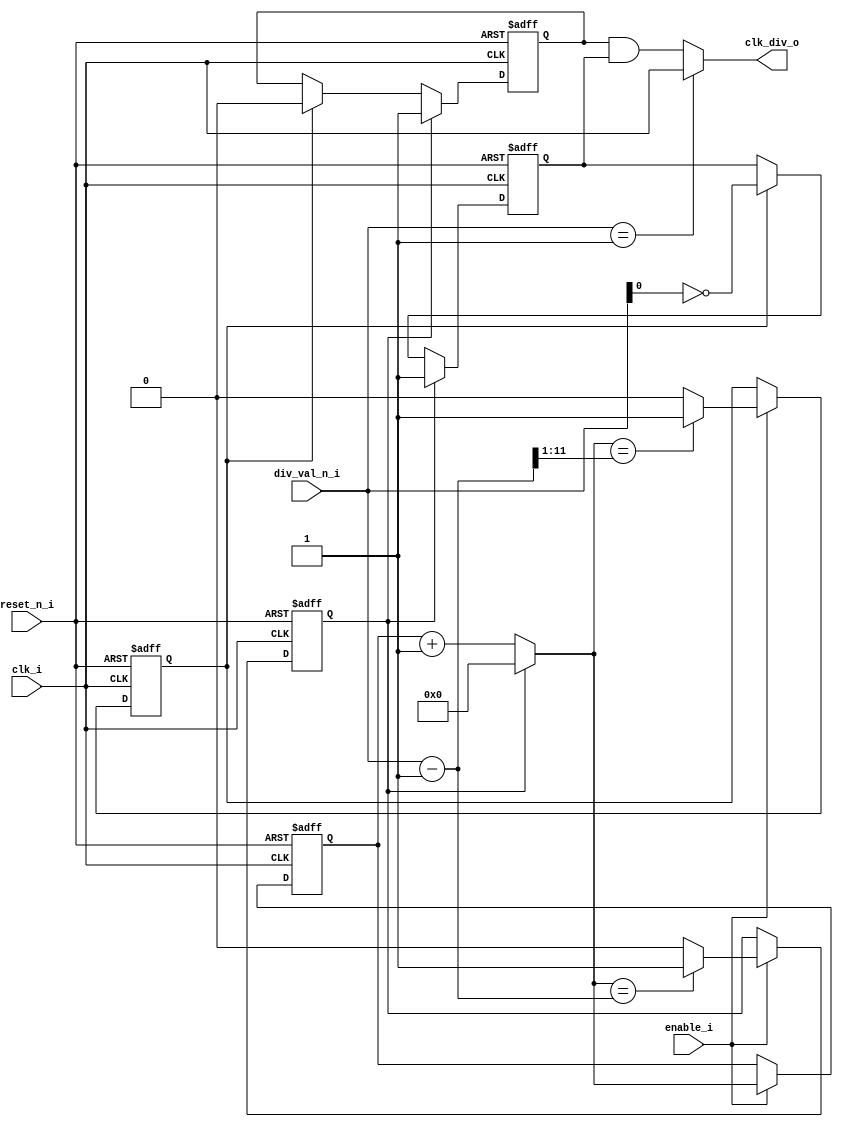
/* ICGLUE GENERATED FILE - manual changes out of prepared *icglue keep begin/end* blocks will be overwritten */
/* icglue keep begin head */
/*
 * Module: common_clkdiv_by_n
 */
/* icglue keep end */
`timescale 1ns/1ps

module common_clkdiv_by_n (
    clk_i,
    reset_n_i,
    clk_div_o,
    div_val_n_i,
    enable_i
);

    parameter DIV_VAL_N_W = 12;
    /* icglue keep begin parameters *//* icglue keep end */

    input                    clk_i;
    input                    reset_n_i;
    output                   clk_div_o;
    input  [DIV_VAL_N_W-1:0] div_val_n_i;
    input                    enable_i;
    /* icglue keep begin declarations */
    wire                     clkdiv;
    reg                     clkdiv_p;
    reg                     clkdiv_n;

    reg    [DIV_VAL_N_W-1:0] count;
    wire   [DIV_VAL_N_W-1:0] next_count;
    wire   [DIV_VAL_N_W-1:0] div_val_minus_1;
    wire                     clk_n;
    reg                      set_clk;
    reg                      reset_clk;
    

    assign div_val_minus_1 = div_val_n_i - 1;
    assign next_count      = set_clk ? 'b0 : count + 1;
    assign clk_n           = clk_i;


    always@(posedge clk_i or negedge reset_n_i) begin
        if (reset_n_i == 1'b0) begin
            count     <= 'd0;
            set_clk   <= 1'd0;
            reset_clk <= 1'd0;
        end else if (enable_i) begin
            count <= next_count;

            /* posedge at end of period (last counter value) */
            if (next_count == div_val_minus_1) begin
                set_clk <= 1'd1;
            end else begin
                set_clk <= 1'd0;
            end

            /* negedge at half period (half of last counter value) */
            if (next_count == {1'b0,div_val_minus_1[DIV_VAL_N_W-1:1]}) begin
                reset_clk <= 1'd1;
            end else begin
                reset_clk <= 1'd0;
            end
        end
    end


    reg clkdiv_p_next;
    reg clkdiv_n_next;

    always @(clkdiv_p or clkdiv_n or set_clk or reset_clk or div_val_n_i) begin
        clkdiv_p_next = clkdiv_p;
        clkdiv_n_next = clkdiv_n;

        if (set_clk) begin
            clkdiv_p_next = 1'b1;
            clkdiv_n_next = 1'b1;
        end else if (reset_clk) begin
            clkdiv_p_next = 1'b0;
            clkdiv_n_next = ~div_val_n_i[0];
        end
    end

    //TBD: this to be replaced by clk_ff cell
    always@(posedge clk_i or negedge reset_n_i) begin
        if (reset_n_i == 1'b0) begin
            clkdiv_p <= 1'b0;
        end else begin
            clkdiv_p <= clkdiv_p_next;
        end
    end 

    //TBD: this to be replaced by clk_ff cell
    always@(posedge clk_n or negedge reset_n_i) begin
        if (reset_n_i == 1'b0) begin
            clkdiv_n <= 1'b0;
        end else begin
            clkdiv_n <= clkdiv_n_next;
        end
    end    


    // TBD: this part to be replaced by clk_and cell
    assign clkdiv    = clkdiv_p & clkdiv_n; 
    
    // TBD: this part to be replaced by clk_mux cell
    assign clk_div_o = (div_val_n_i == 'd1)? clk_i : clkdiv;



    /* icglue keep end */
endmodule